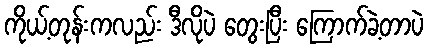
ကိုယ့်တုန်းကလည်း ဒီလိုပဲ တွေးပြီး ကြောက်ခဲ့တာပဲ